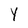
Character: Y